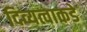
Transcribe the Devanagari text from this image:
दिव्यत्वाकडे